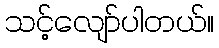
သင့်လျော်ပါတယ်။